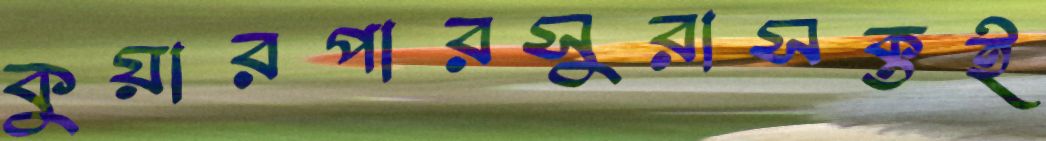
কুয়ারপারসুরাসক্তই